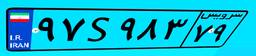
۵۷S۹۴۱۲۹